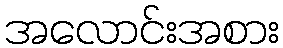
အလောင်းအစား